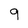
Character: 9